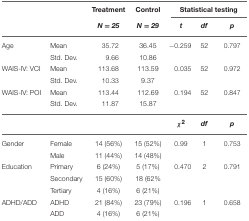
|  |  | Treatment | Control | <COLSPAN=3> Statistical testing |
 |  |  | N = 25 | N = 29 | t | df | p |
 | --- | --- | --- | --- | --- | --- | --- |
 | Age | Mean | 35.72 | 36.45 | −0.259 | 52 | 0.797 |
 |  | Std. Dev. | 9.66 | 10.86 |  |  |  |
 | WAIS-IV: VCI | Mean | 113.68 | 113.59 | 0.035 | 52 | 0.972 |
 |  | Std. Dev. | 10.33 | 9.37 |  |  |  |
 | WAIS-IV: POI | Mean | 113.44 | 112.69 | 0.194 | 52 | 0.847 |
 |  | Std. Dev. | 11.87 | 15.87 |  |  |  |
 |  |  |  |  | χ2 | df | p |
 | Gender | Female | 14 (56%) | 15 (52%) | 0.99 | 1 | 0.753 |
 |  | Male | 11 (44%) | 14 (48%) |  |  |  |
 | Education | Primary | 6 (24%) | 5 (17%) | 0.470 | 2 | 0.791 |
 |  | Secondary | 15 (60%) | 18 (62% |  |  |  |
 |  | Tertiary | 4 (16%) | 6 (21%) |  |  |  |
 | ADHD/ADD | ADHD | 21 (84%) | 23 (79%) | 0.196 | 1 | 0.658 |
 |  | ADD | 4 (16%) | 6 (21%) |  |  |  |